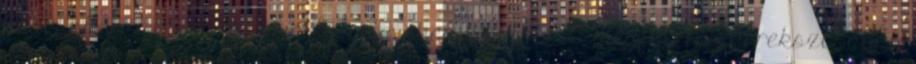
kedvünket is elveszi bármilyen tevékenységtõl. - A megfelelõ gyerekszobában